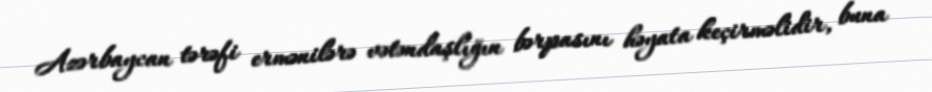
Azərbaycan tərəfi ermənilərə vətəndaşlığın bərpasını həyata keçirməlidir, buna